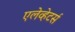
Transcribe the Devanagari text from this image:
एलेव्हेटर्स